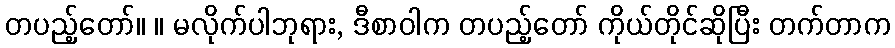
တပည့်တော်။ ။ မလိုက်ပါဘုရား, ဒီစာဝါက တပည့်တော် ကိုယ်တိုင်ဆိုပြီး တက်တာက